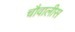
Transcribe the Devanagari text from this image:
चौवालीस